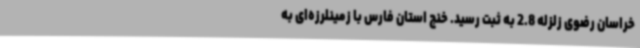
خراسان رضوی زلزله 2.8 به ثبت رسید. خنج استان فارس با زمینلرزه‌ای به